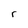
Character: r